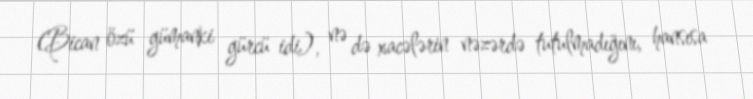
(Bican özü gümanki gürcü idi), nə də xacələrin nəzərdə tutulmadığını, hansısa